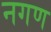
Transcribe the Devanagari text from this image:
नगण